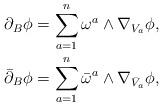
LaTeX: \begin{align*}\partial_B\phi &=\sum_{a=1}^n \omega^a\wedge\nabla_{V_a}\phi,\\\bar\partial_B\phi&=\sum_{a=1}^n\bar\omega^a\wedge\nabla_{\bar V_a}\phi, \end{align*}